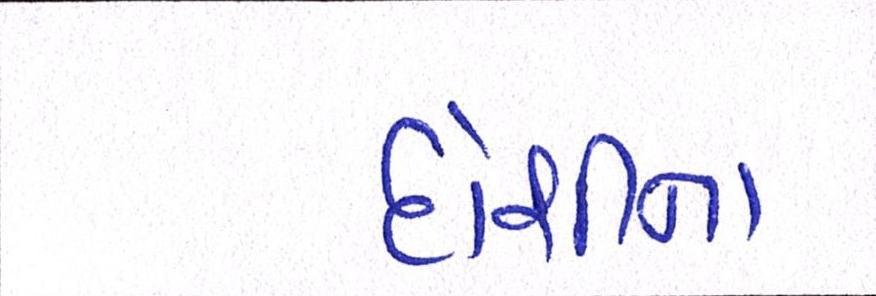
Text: દોશીના